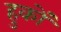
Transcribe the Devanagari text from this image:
हुकों